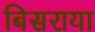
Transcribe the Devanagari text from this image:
बिसराया